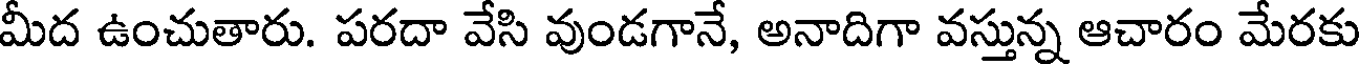
మీద ఉంచుతారు. పరదా వేసి వుండగానే, అనాదిగా వస్తున్న ఆచారం మేరకు